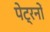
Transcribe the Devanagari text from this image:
पेट्रनों